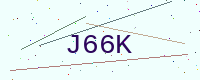
Text: J66K